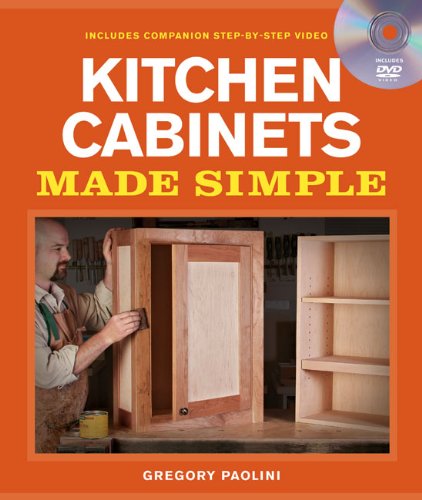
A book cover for Building Kitchen Cabinets Made Simple: A Book and Companion Step-by-Step Video DVD; Gregory Paolini; Arts & Photography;